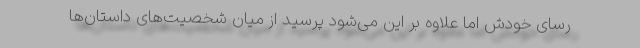
رسای خودش اما علاوه بر این می‌شود پرسید از میان شخصیت‌های داستان‌ها